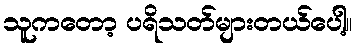
သူကတော့ ပရိသတ်များတယ်ပေါ့။